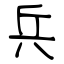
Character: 兵